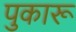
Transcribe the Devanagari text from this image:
पुकारू